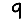
Digit: 9